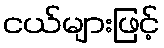
ငယ်များဖြင့်